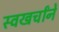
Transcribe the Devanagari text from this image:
स्वखर्चांनें